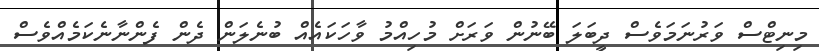
މިނިޓްސް ވަރުނަމަވެސް ދީބަލަ ބޭނުން ވަރަށް މުހިއްމު ވާހަކައެއް ބުނެލަން ދެން ފެންނާނެކަމެއްވެސް